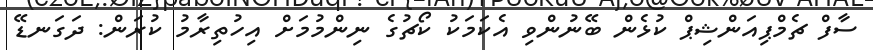
ސާފް ޗެމްޕިއަންޝިޕް ކުޅެން ބޭނުންވި އެކަމަކު ކޯޗުގެ ނިންމުމަށް އިހުތިރާމު ކުރަން: ދަގަނޑޭ